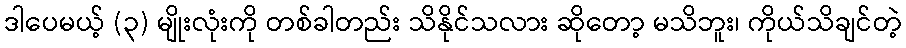
ဒါပေမယ့် (၃) မျိုးလုံးကို တစ်ခါတည်း သိနိုင်သလား ဆိုတော့ မသိဘူး၊ ကိုယ်သိချင်တဲ့